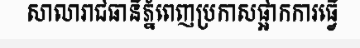
សាលារាជធានីភ្នំពេញប្រកាសផ្អាកការធ្វើ